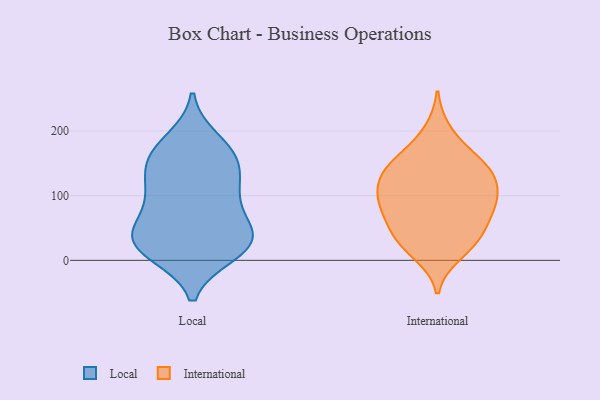
{"axis": {"x": "Population (Million)", "y": "Value"}, "legend": ["International", "Local"], "data": [{"x": "", "y": 43, "type": "Local"}, {"x": "", "y": 168, "type": "Local"}, {"x": "", "y": 45, "type": "Local"}, {"x": "", "y": 12, "type": "Local"}, {"x": "", "y": 185, "type": "Local"}, {"x": "", "y": 24, "type": "Local"}, {"x": "", "y": 25, "type": "Local"}, {"x": "", "y": 141, "type": "Local"}, {"x": "", "y": 11, "type": "Local"}, {"x": "", "y": 158, "type": "Local"}, {"x": "", "y": 41, "type": "Local"}, {"x": "", "y": 161, "type": "Local"}, {"x": "", "y": 90, "type": "Local"}, {"x": "", "y": 36, "type": "Local"}, {"x": "", "y": 96, "type": "Local"}, {"x": "", "y": 105, "type": "Local"}, {"x": "", "y": 123, "type": "Local"}, {"x": "", "y": 71, "type": "International"}, {"x": "", "y": 26, "type": "International"}, {"x": "", "y": 169, "type": "International"}, {"x": "", "y": 199, "type": "International"}, {"x": "", "y": 38, "type": "International"}, {"x": "", "y": 92, "type": "International"}, {"x": "", "y": 50, "type": "International"}, {"x": "", "y": 137, "type": "International"}, {"x": "", "y": 11, "type": "International"}, {"x": "", "y": 100, "type": "International"}, {"x": "", "y": 104, "type": "International"}, {"x": "", "y": 100, "type": "International"}, {"x": "", "y": 142, "type": "International"}, {"x": "", "y": 66, "type": "International"}, {"x": "", "y": 89, "type": "International"}, {"x": "", "y": 138, "type": "International"}, {"x": "", "y": 26, "type": "International"}, {"x": "", "y": 134, "type": "International"}, {"x": "", "y": 148, "type": "International"}]}